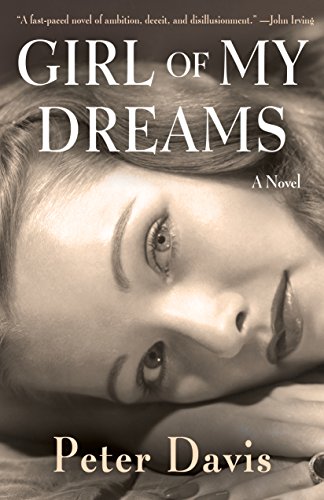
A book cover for Girl of My Dreams: A Novel; Peter Davis; Romance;